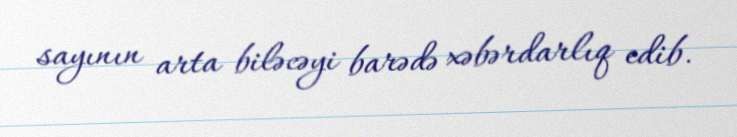
sayının arta biləcəyi barədə xəbərdarlıq edib.